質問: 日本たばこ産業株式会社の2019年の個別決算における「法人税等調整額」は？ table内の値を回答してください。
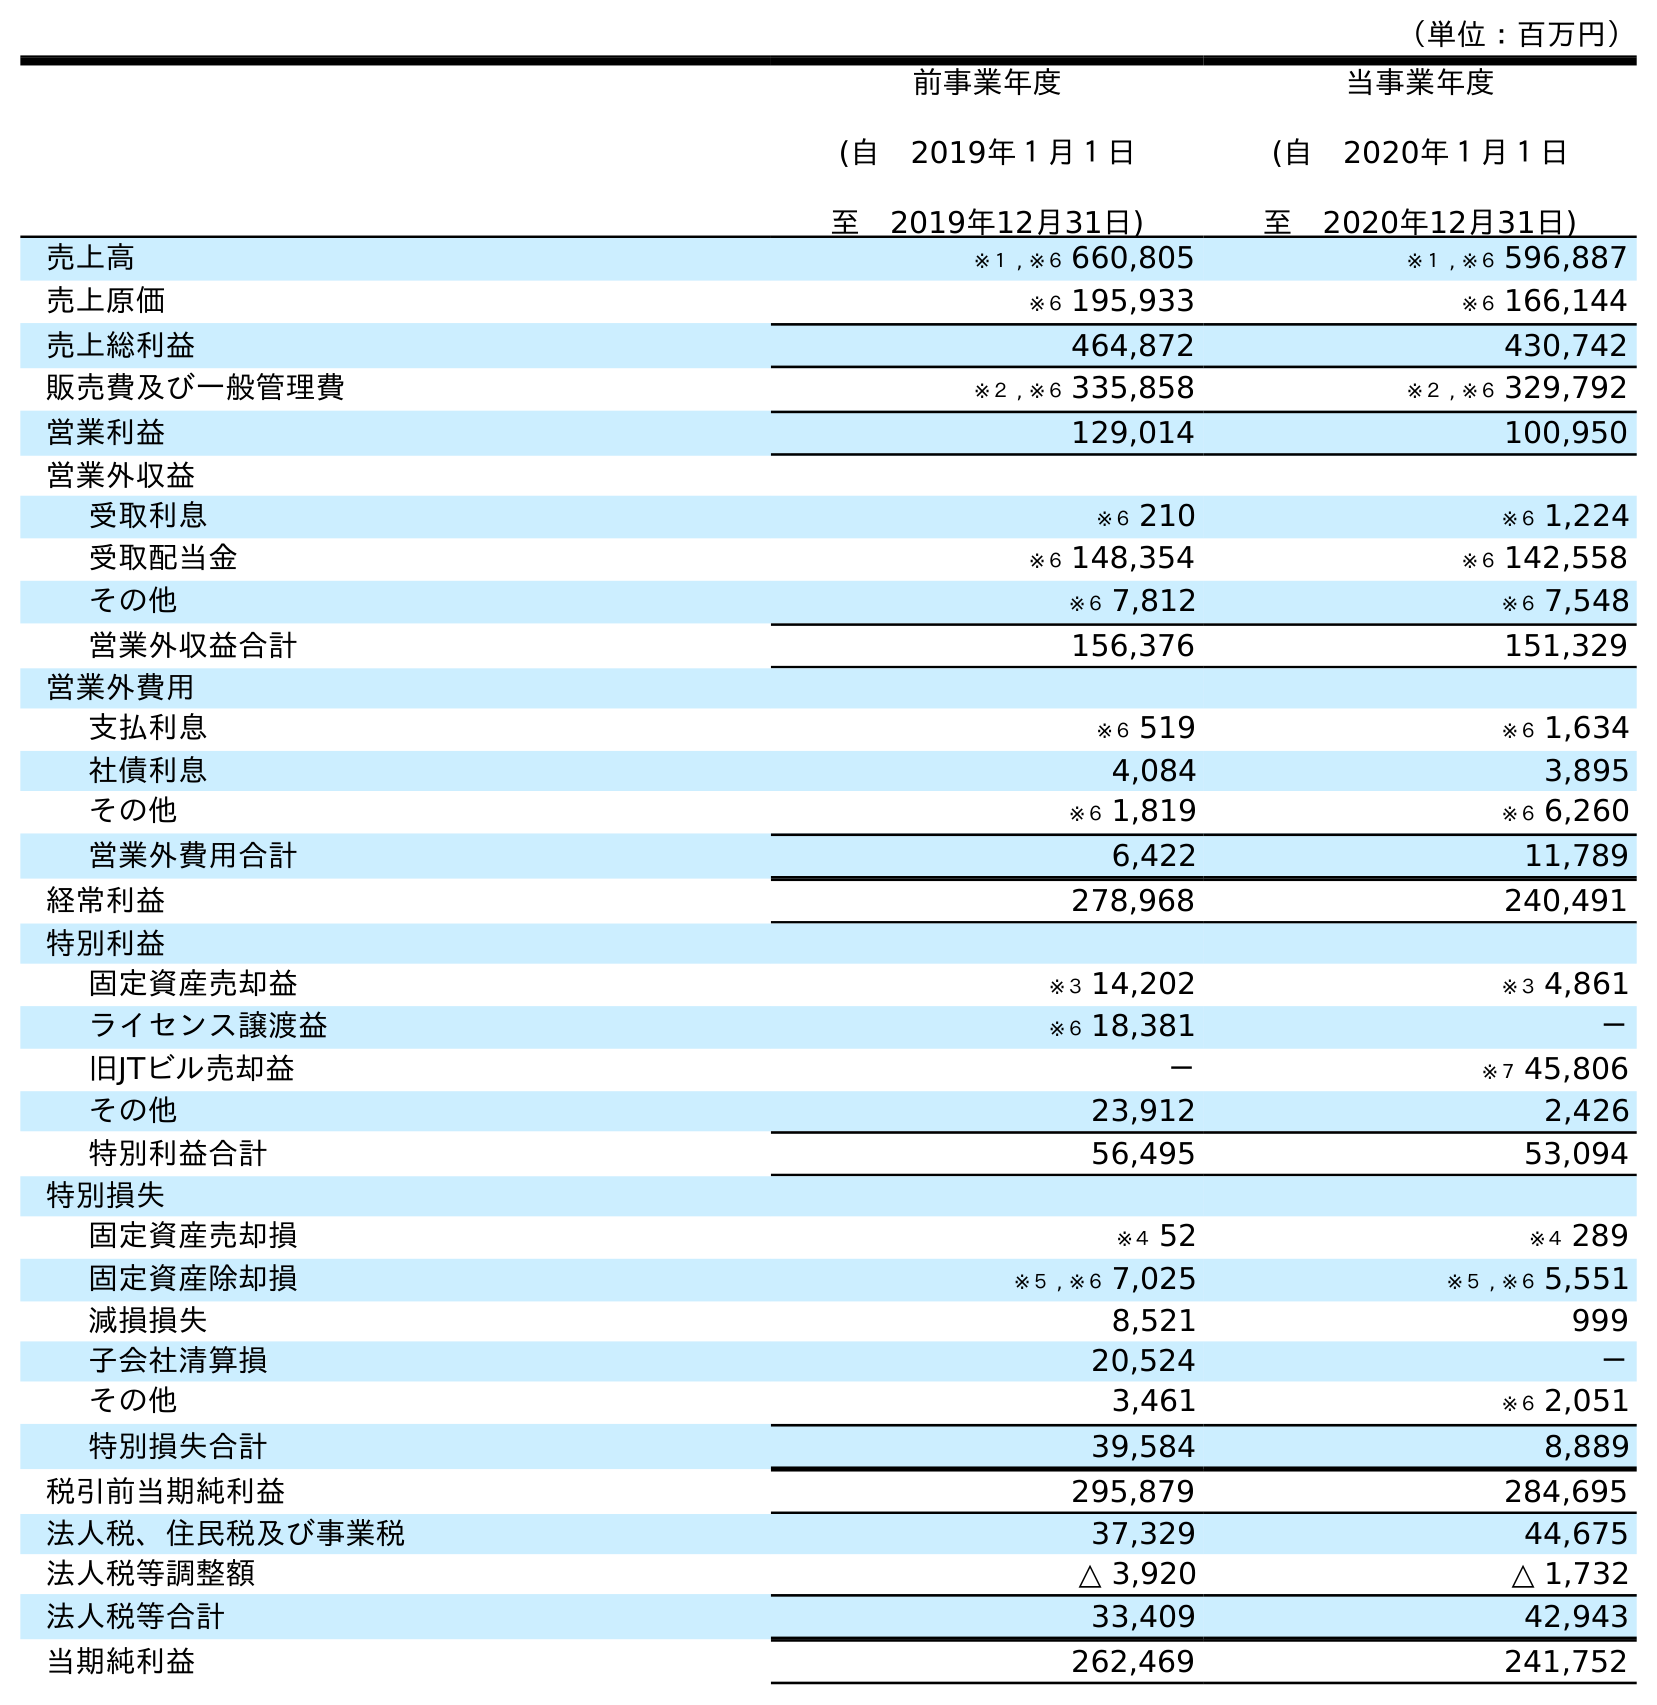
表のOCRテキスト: （単位：百万円） 前事業年度 (自 2019年１月１日 至 2019年12月31日) 当事業年度 (自 2020年１月１日 至 2020年12月31日) 売上高 ※１ , ※６ 660,805 ※１ , ※６ 596,887 売上原価 ※６ 195,933 ※６ 166,144 売上総利益 464,872 430,742 販売費及び一般管理費 ※２ , ※６ 335,858 ※２ , ※６ 329,792 営業利益 129,014 100,950 営業外収益 受取利息 ※６ 210 ※６ 1,224 受取配当金 ※６ 148,354 ※６ 142,558 その他 ※６ 7,812 ※６ 7,548 営業外収益合計 156,376 151,329 営業外費用 支払利息 ※６ 519 ※６ 1,634 社債利息 4,084 3,895 その他 ※６ 1,819 ※６ 6,260 営業外費用合計 6,422 11,789 経常利益 278,968 240,491 特別利益 固定資産売却益 ※３ 14,202 ※３ 4,861 ライセンス譲渡益 ※６ 18,381 － 旧JTビル売却益 － ※７ 45,806 その他 23,912 2,426 特別利益合計 56,495 53,094 特別損失 固定資産売却損 ※４ 52 ※４ 289 固定資産除却損 ※５ , ※６ 7,025 ※５ , ※６ 5,551 減損損失 8,521 999 子会社清算損 20,524 － その他 3,461 ※６ 2,051 特別損失合計 39,584 8,889 税引前当期純利益 295,879 284,695 法人税、住民税及び事業税 37,329 44,675 法人税等調整額 △ 3,920 △ 1,732 法人税等合計 33,409 42,943 当期純利益 262,469 241,752
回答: △3,920